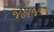
જહાજએ